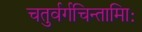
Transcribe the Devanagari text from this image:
चतुर्वर्गचिन्तामािः